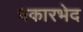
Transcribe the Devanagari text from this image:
वकारभेद